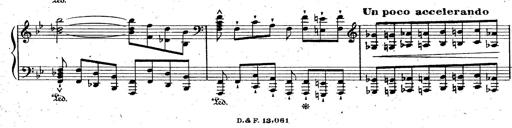
Title: La Marseillaise
Composer: Franz Liszt
Key: B-flat major